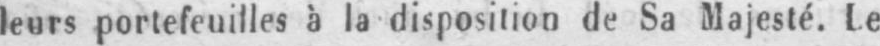
leurs portefeuilles à la disposition de Sa Majesté. Le